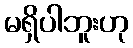
မရှိပါဘူးဟု